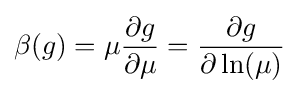
\beta (g)=\mu {\frac {\partial g}{\partial \mu }}={\frac {\partial g}{\partial \ln(\mu )}}~